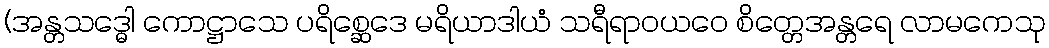
(အန္တသဒ္ဓေါ ကောဋ္ဌာသေ ပရိစ္ဆေဒေ မရိယာဒါယံ သရီရာဝယဝေ စိတ္တေအန္တရေ လာမကေသု